Scottish Leaving Certificate Examination, 1960
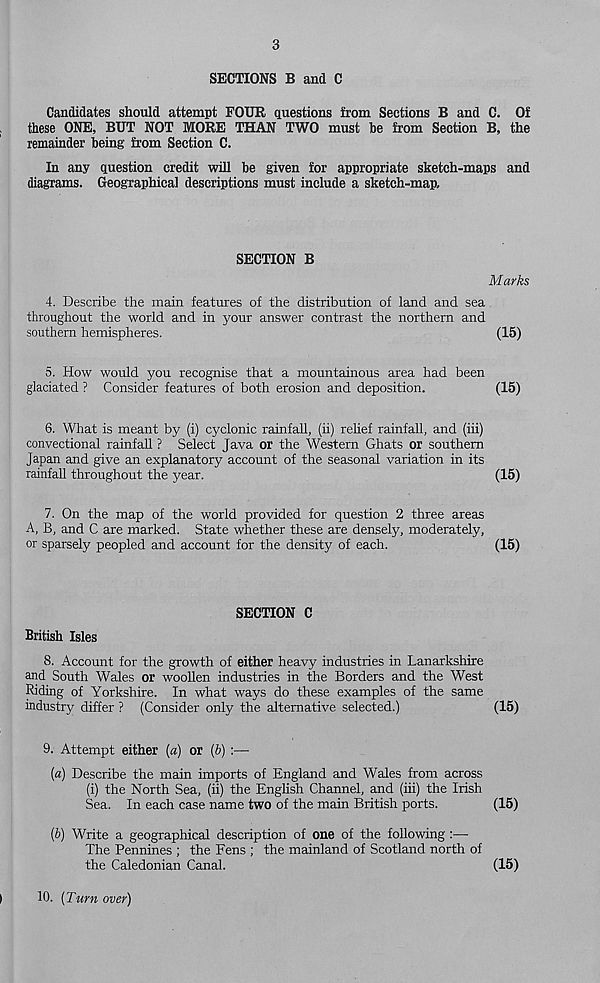
3
SECTIONS B and C
Candidates should attempt FOUR questions from Sections B and C. Of
these ONE, BUT NOT MORE THAN TWO must he from Section B, the
remainder being from Section C.
In any question credit will be given for appropriate sketch-maps and
diagrams. Geographical descriptions must include a sketch-map.
SECTION B
Marks
4. Describe the main features of the distribution of land and sea
throughout the world and in your answer contrast the northern and
southern hemispheres.
(15)
5. How would you recognise that a mountainous area had been
glaciated ? Consider features of both erosion and deposition.
(15)
6. What is meant by (i) cyclonic rainfall, (ii) rehef rainfall, and (iii)
convectional rainfall ? Select Java or the Western Ghats or southern
Japan and give an explanatory account of the seasonal variation in its
rainfall throughout the year.
(15)
7. On the map of the world provided for question 2 three areas
A, B, and C are marked. State whether these are densely, moderately,
or sparsely peopled and account for the density of each.
(15)
SECTION C
British Isles
8. Account for the growth of either heavy industries in Lanarkshire
and South Wales or woollen industries in the Borders and the West
Riding of Yorkshire. In what ways do these examples of the same
industry differ ? (Consider only the alternative selected.)
(15)
9. Attempt either (a) or (b) :—
[a) Describe the main imports of England and Wales from across
(i) the North Sea, (ii) the English Channel, and (iii) the Irish
Sea. In each case name two of the main British ports.
(15)
[b) Write a geographical description of one of the following :—
The Pennines ; the Fens ; the mainland of Scotland north of
the Caledonian Canal.
(15)
10. [Turn over)